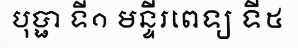
បុប្ផា ទី១ មន្ទីរពេទ្យ ទី៥